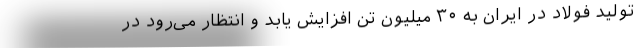
تولید فولاد در ایران به ۳۰ میلیون تن افزایش یابد و انتظار می‌رود در